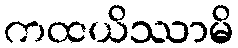
ကထယိဿာမိ